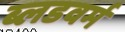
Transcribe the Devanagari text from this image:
ब्लडवर्म